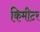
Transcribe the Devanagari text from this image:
किमीटर